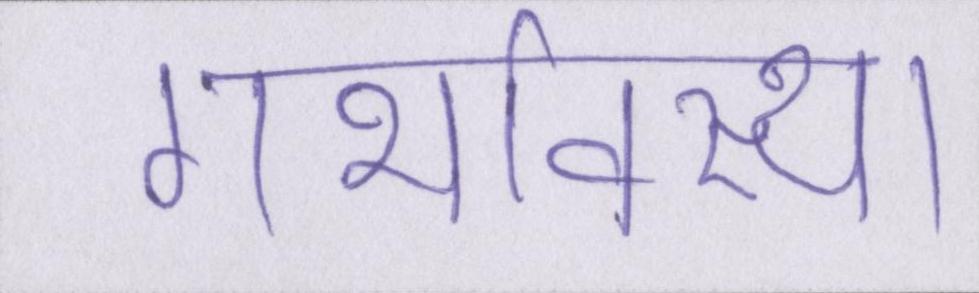
गर्भावस्था